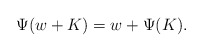
\begin{align*}\Psi(w + K) = w + \Psi(K).\end{align*}